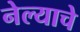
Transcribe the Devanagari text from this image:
नेल्याचे